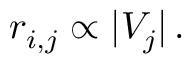
r _ { i , j } \propto | V _ { j } | \, .